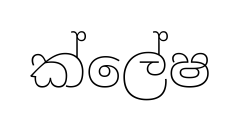
ක්ලේෂ